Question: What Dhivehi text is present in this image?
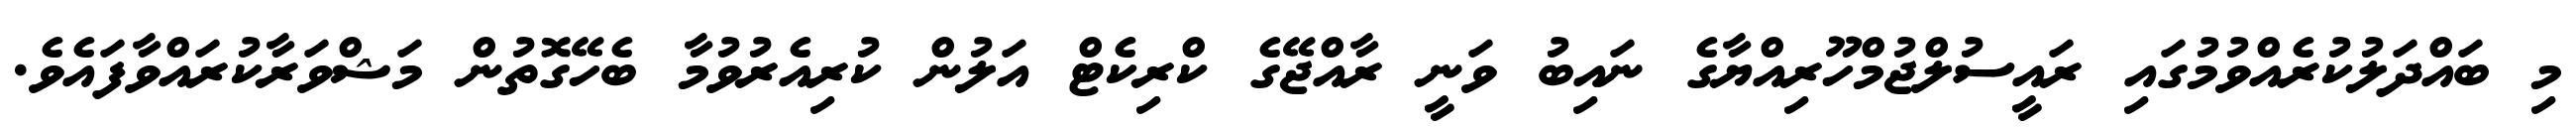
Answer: މި ބައްދަލުކުރެއްވުމުގައި ރައީސުލްޖުމްހޫރިއްޔާގެ ނައިބު ވަނީ ރާއްޖޭގެ ކްރިކެޓް އަލުން ކުރިއެރުވުމާ ބެހޭގޮތުން މަޝްވަރާކުރައްވާފައެވެ.